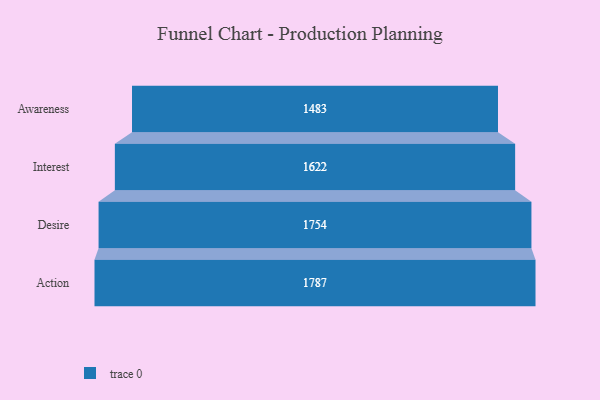
{"axis": {"x": "Stage", "y": "Value"}, "legend": [""], "data": [{"x": "Awareness", "y": 1483.0, "type": ""}, {"x": "Interest", "y": 1622.0, "type": ""}, {"x": "Desire", "y": 1754.0, "type": ""}, {"x": "Action", "y": 1787.0, "type": ""}]}